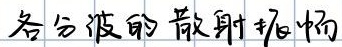
各分波的散射振幅